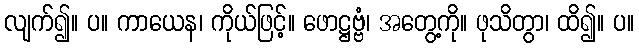
လျက်၍။ ပ။ ကာယေန၊ ကိုယ်ဖြင့်။ ဖောဋ္ဌဗ္ဗံ၊ အတွေ့ကို။ ဖုသိတွာ၊ ထိ၍။ ပ။